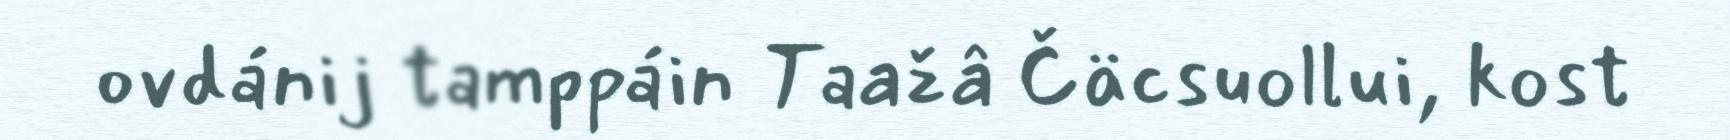
ovdánij tamppáin Taažâ Čäcsuollui, kost